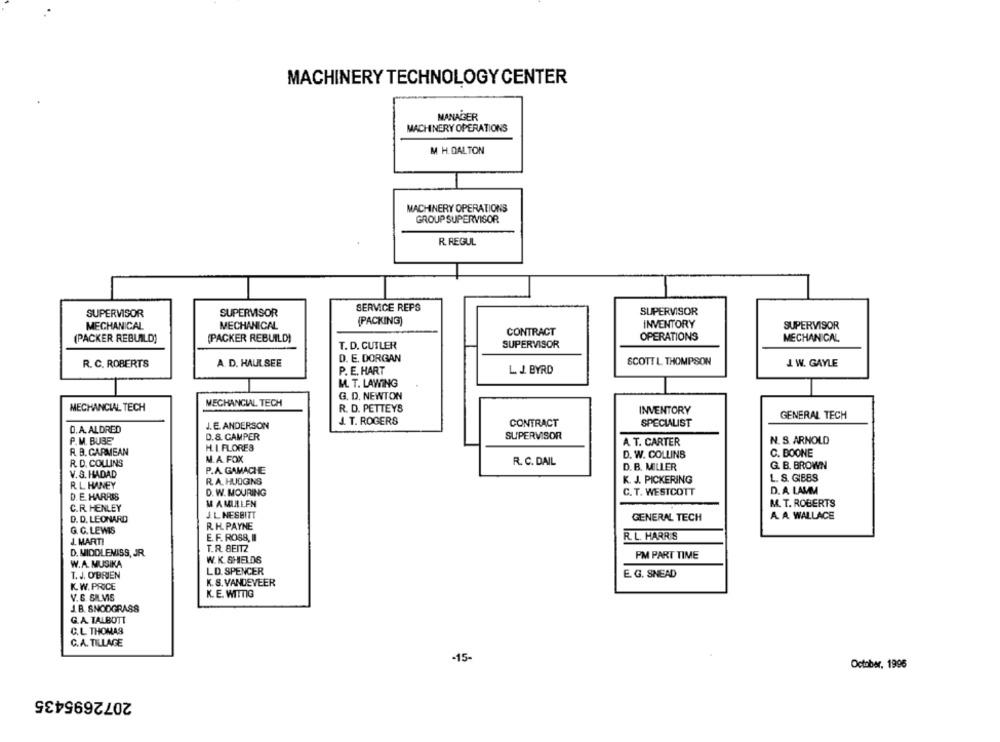
MACHINERY TECHNOLOGY CENTER
MANAGER
MACHINERY OPERATIONS
M H. DALTON
MACHINERY OPERATIONS
GROUP SUPERVISOR
R. REGUL
SERVICE REPS
SUPERVISOR
SUPERVISOR
SUPERVISOR
MECHANICAL
MECHANICAL
(PACKING)
INVENTORY
SUPERVISOR
CONTRACT
(PACKER REBUILD)
(PACKER REBUILD)
OPERATIONS
MECHANICAL
T. D. CUTLER
SUPERVISOR
R. C. ROBERTS
A. D. HAULSEE
D. E. DORGAN
SCOTT L THOMPSON
J. W. GAYLE
P. E. HART
L.J. BYRD
M. T. LAWING
G. D. NEWTON
MECHANCIAL TECH
MECHANCIAL TECH
R. D. PETTEYS
INVENTORY
GENERAL TECH
J. T. ROGERS
CONTRACT
SPECIALIST
O.A. ALDRED
J. E. ANDERSON
0.8. CAMPER
SUPERVISOR
P.M. BUBE
A. T. CARTER
N. S. ARNOLD
R. B. GARMEAN
H. I.FLORES
C. BOONE
M. A. FOX
R. C. DAIL
D. W. COLLINS
R. D. COLLINS
D. B. MILLER
G. B. BROWN
V.S. HADAD
P.A. GAMACHE
R. A. HJOGINS
K. J. PICKERING
L. S. GIBBS
R. L HANEY
D. A. LAMM
D. E. HARRIS
D. W. MOURING
C. T. WESTCOTT
M AMULLEN
M. T. ROBERTS
C.R. HENLEY
D. D. LEONARD
J. L. NESBITT
GENERAL TECH
A. A. WALLACE
R. H. PAYNE
G. C. LEWIS
J. MARTI
E. F. ROSS, II
R. L. HARRIS
T.R. BEITZ
D. MIDDLENISS, JR.
PM PART TIME
W.A. MUSIKA
W. K. SHIELDS
LD. SPENCER
T. J. O'BRIEN
E. G. SNEAD
K. W. PRICE
K. S. VANDEVEER
K. E. WITHG
V.6. SILVIS
J.B. SNODGRASS
G.A. TALBOTT
C.L. THOMAS
C.A. TILLAGE
-15-
October, 1996
2072695435